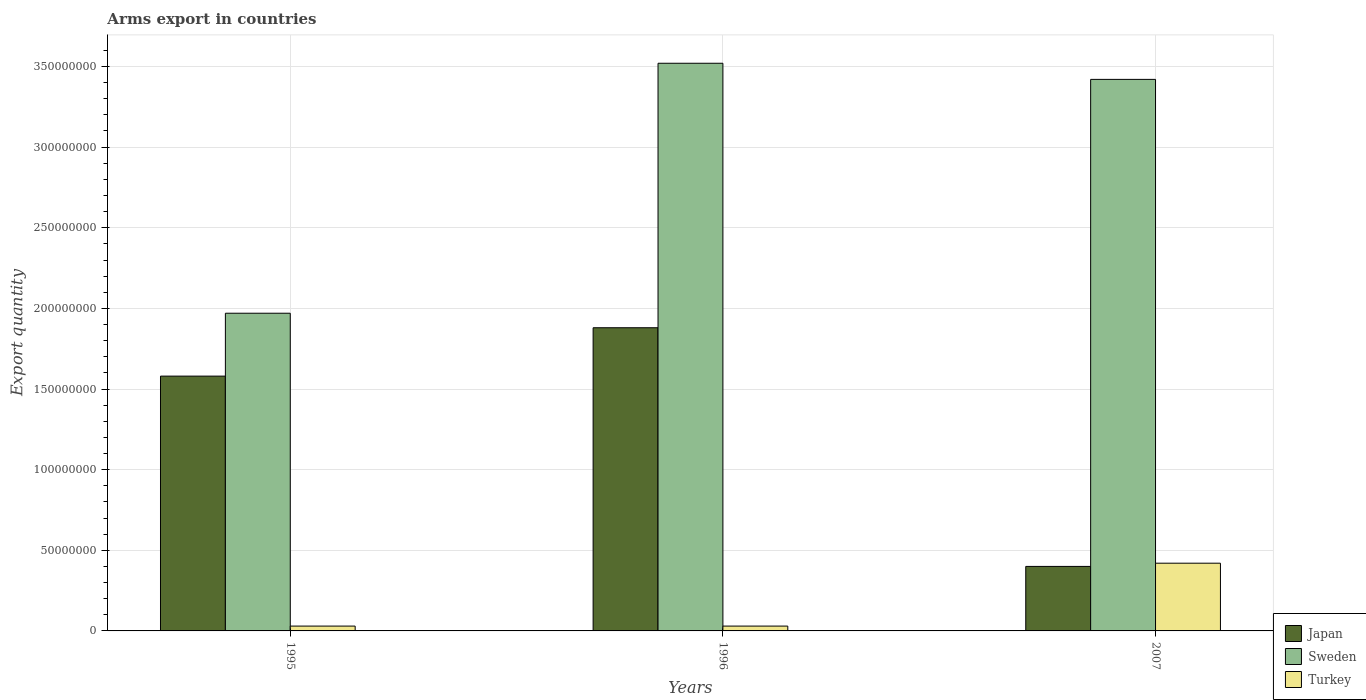
| Years | Japan | Sweden | Turkey |
 | --- | --- | --- | --- |
 | 1995 | 1.58e+08 | 1.97e+08 | 3e+06 |
 | 1996 | 1.88e+08 | 3.52e+08 | 3e+06 |
 | 2007 | 4e+07 | 3.42e+08 | 4.2e+07 |